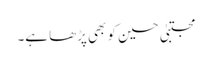
مجتبیٰ حسین کو بھی پڑھا ہے۔